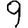
Digit: 9